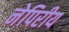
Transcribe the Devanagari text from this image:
नेपिरीय